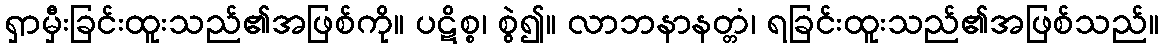
ရှာမှီးခြင်းထူးသည်၏အဖြစ်ကို။ ပဋိစ္စ၊ စွဲ၍။ လာဘနာနတ္တံ၊ ရခြင်းထူးသည်၏အဖြစ်သည်။